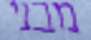
מבני